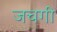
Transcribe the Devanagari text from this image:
जचगी